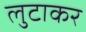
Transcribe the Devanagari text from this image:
लुटाकर